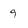
Character: 9